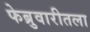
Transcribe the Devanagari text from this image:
फेब्रुवारीतला